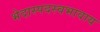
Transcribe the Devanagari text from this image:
भेदास्पदस्वभावाय